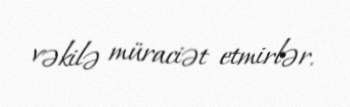
vəkilə müraciət etmirlər.